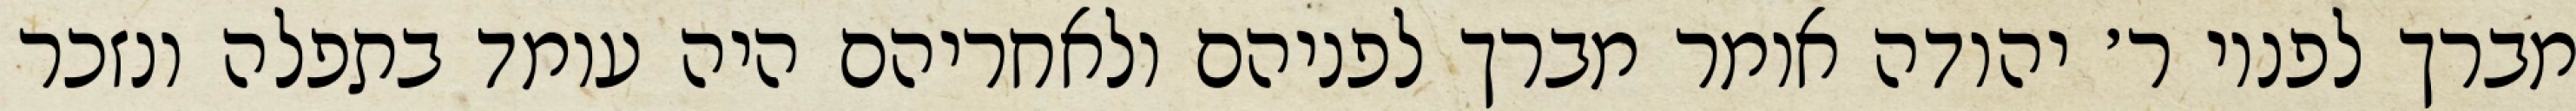
מברך לפניו ר׳ יהודה אומר מברך לפניהם ולאחריהם היה עומד בתפלה ונזכר